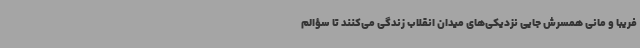
فریبا و مانی همسرش جایی نزدیکی‌های میدان انقلاب زندگی می‌کنند تا سؤالم